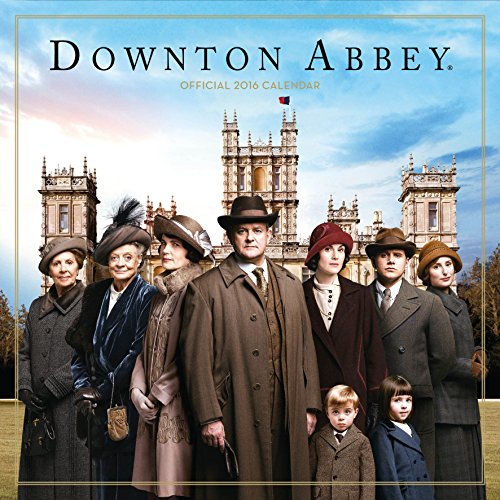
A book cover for The Official Downton Abbey 2016 Square Calendar; Calendars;